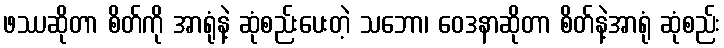
ဖဿဆိုတာ စိတ်ကို အာရုံနဲ့ ဆုံစည်းပေးတဲ့ သဘော၊ ဝေဒနာဆိုတာ စိတ်နဲ့အာရုံ ဆုံစည်း